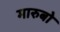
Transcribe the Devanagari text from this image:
मारुबो